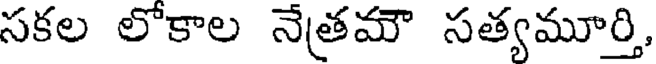
సకల లోకాల నేత్రమౌ సత్యమూర్తి,